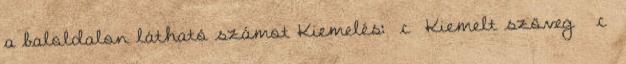
a baloldalon látható számot Kiemelés: c Kiemelt szöveg c